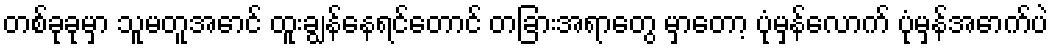
တစ်ခုခုမှာ သူမတူအောင် ထူးချွန်နေရင်တောင် တခြားအရာတွေ မှာတော့ ပုံမှန်လောက် ပုံမှန်အောက်ပဲ